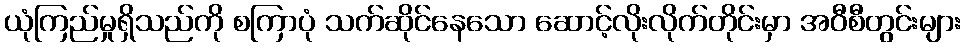
ယုံကြည်မှုရှိသည်ကို စကြာပုံ သက်ဆိုင်နေသော ဆောင့်လိုးလိုက်တိုင်းမှာ အဝီစီတွင်းများ